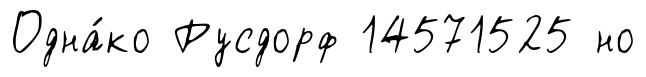
Одна́ко Русдорф 14571525 но